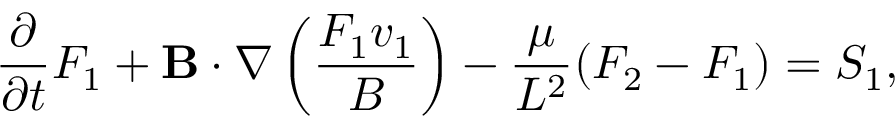
\frac { \partial } { \partial t } F _ { 1 } + { \bf B } \boldsymbol { \cdot } \boldsymbol { \nabla } \left( \frac { F _ { 1 } v _ { 1 } } { B } \right) - \frac { \mu } { L ^ { 2 } } ( F _ { 2 } - F _ { 1 } ) = S _ { 1 } ,